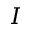
\boldsymbol { I }